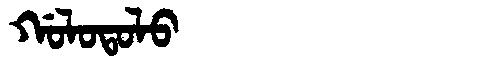
Manchu: ᡤᠣᠯᠣᡨᠣᠯᠣ
Romanization: GOLOTOLO